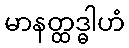
မာနတ္ထဒ္ဓါဟံ